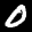
Label: 0